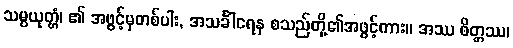
သမ္ပယုတ္တံ၊ ၏ အဖွင့်မှတစ်ပါး, အသင်္ခါရေန စသည်တို့၏အဖွင့်ကား။ အဿ စိတ္တဿ၊